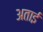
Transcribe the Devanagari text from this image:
अताई